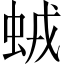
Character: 𧊕